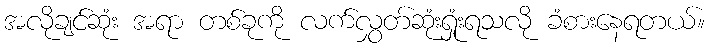
အလိုချင်ဆုံး အရာ တစ်ခုကို လက်လွှတ်ဆုံးရှုံးရသလို ခံစားနေရတယ်။